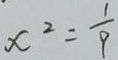
x ^ { 2 } = \frac { 1 } { 9 }